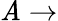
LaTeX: \mathit{A}\rightarrow